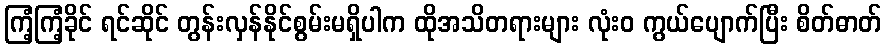
ကြံ့ကြံ့ခိုင် ရင်ဆိုင် တွန်းလှန်နိုင်စွမ်းမရှိပါက ထိုအသိတရားများ လုံးဝ ကွယ်ပျောက်ပြီး စိတ်ဓာတ်